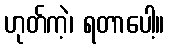
ဟုတ်ကဲ့၊ ရတာပေါ့။